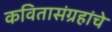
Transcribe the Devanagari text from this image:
कवितासंग्रहांचे